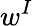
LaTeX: w^{I}